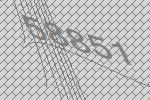
58851